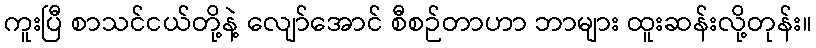
ကူးပြီ စာသင်ငယ်တို့နဲ့ လျော်အောင် စီစဉ်တာဟာ ဘာများ ထူးဆန်းလို့တုန်း။